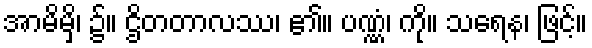
အာမိမှိ၊ ၌။ ဌိတတာလဿ၊ ၏။ ပဏ္ဏံ၊ ကို။ သရေန၊ ဖြင့်။